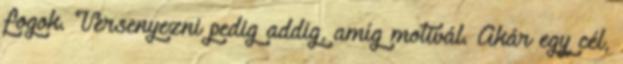
fogok. Versenyezni pedig addig, amíg motivál. Akár egy cél,